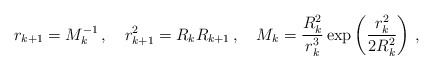
\begin{align*}r_{k+1} = M_k^{-1} \, , \quad r_{k+1}^2 = R_k R_{k+1} \, ,\quad M_k = \frac{R_k^2}{r_k^3} \exp \left( \frac{r_k^2}{2 R_k^2} \right) \,,\end{align*}